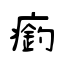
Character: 瘹